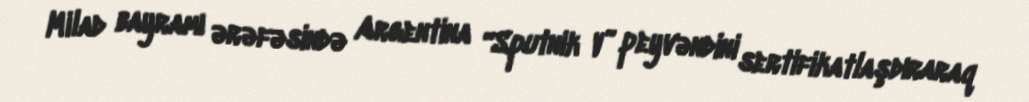
Milad bayramı ərəfəsində Argentina “Sputnik V” peyvəndini sertifikatlaşdıraraq